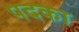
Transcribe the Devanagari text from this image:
पदका